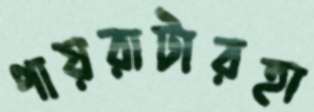
পায়রাটারহা